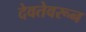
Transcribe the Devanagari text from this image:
देवतेवरून